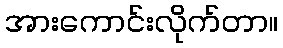
အားကောင်းလိုက်တာ။